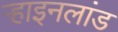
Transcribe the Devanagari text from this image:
ऱ्हाइनलांड